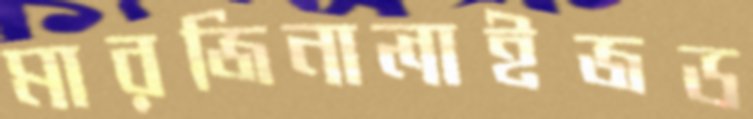
মারজিনালাইজড